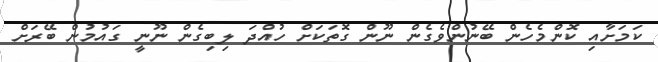
ކަމަށާއި ކޮންމެހެން ބޭނުންވެގެން ނޫން ގޮތަކަށް ހުއްދަ ލިބިގެން ނޫނީ ގައުމުން ބޭރަށް